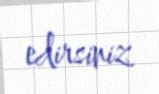
edirsiniz.